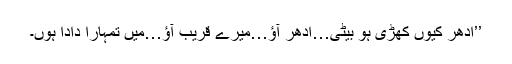
’’ادھر کیوں کھڑی ہو بیٹی…ادھر آؤ…میرے قریب آؤ…میں تمہارا دادا ہوں۔